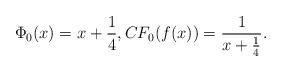
LaTeX: \begin{align*}\Phi_0(x)=x+\frac 14,CF_0(f(x))=\frac{1}{x+\frac 14}.\end{align*}